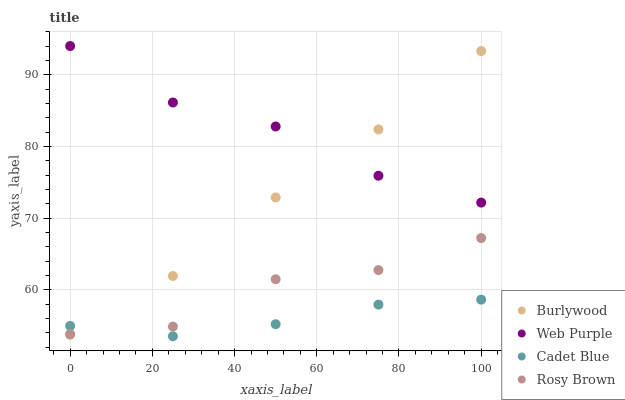
| xaxis_label | Burlywood | Web Purple | Cadet Blue | Rosy Brown |
 | --- | --- | --- | --- | --- |
 | 0 | 53.7 | 94 | 55 | 53.8 |
 | 25 | 61.9 | 86.1 | 53.5 | 54.9 |
 | 50 | 72.9 | 82.8 | 55.2 | 61.5 |
 | 75 | 82.4 | 75.9 | 57.9 | 62.8 |
 | 100 | 93.3 | 72.2 | 58.6 | 67.2 |